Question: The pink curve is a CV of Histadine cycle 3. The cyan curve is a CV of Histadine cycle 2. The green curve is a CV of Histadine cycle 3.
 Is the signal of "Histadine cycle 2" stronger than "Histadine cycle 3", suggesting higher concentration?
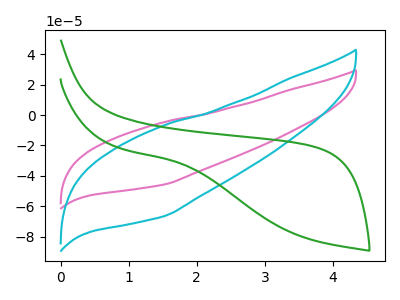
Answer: <think>The pink curve "Histadine cycle 3" has no peaks. The cyan curve "Histadine cycle 2" has no peaks. The green curve "Histadine cycle 3" has no peaks.
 Neither "Histadine cycle 2" or "Histadine cycle 3" have any peaks.</think>
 <answer>I cant tell if "Histadine cycle 2" or "Histadine cycle 3" has higher concentration.</answer>
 <eval>mixed_concentration</eval>